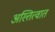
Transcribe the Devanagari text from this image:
अस्त्तित्वात